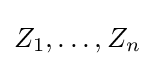
Z_{1},\dots ,Z_{n}